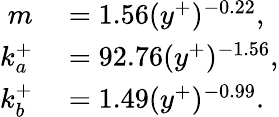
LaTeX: \begin{array}{rl}{m}&{{}=1.56(y^{+})^{-0.22},}\\ {k_{a}^{+}}&{{}=92.76(y^{+})^{-1.56},}\\ {k_{b}^{+}}&{{}=1.49(y^{+})^{-0.99}.}\end{array}